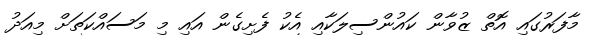
މާފަރުގައި އޮތް ޒުވާން ކައުންސިލަކާއި އެކު ފެށިގެން އައި މި މަސައްކަތަށް މިއަދު